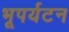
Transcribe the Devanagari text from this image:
भूपर्यटन